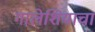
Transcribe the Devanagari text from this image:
गालेशियाचा